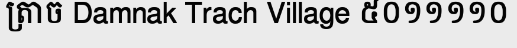
ត្រាច Damnak Trach Village ៥០១១១១០